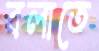
বলাতে